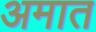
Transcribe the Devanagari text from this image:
अमात